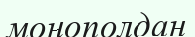
монополдан